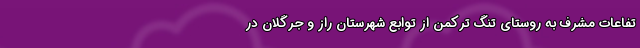
تفاعات مشرف به روستای تنگ ترکمن از توابع شهرستان راز و جرگلان در